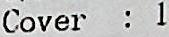
COVER : 1